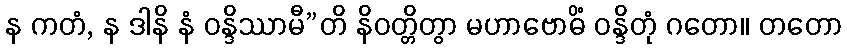
န ကတံ, န ဒါနိ နံ ဝန္ဒိဿာမီ”တိ နိဝတ္တိတွာ မဟာဗောဓိံ ဝန္ဒိတုံ ဂတော။ တတော